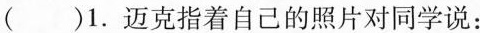
()1.迈克指着自己的照片对同学说：